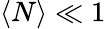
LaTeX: \langle N\rangle\ll 1